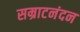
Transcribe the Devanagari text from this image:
सम्राटनंदन